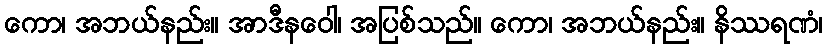
ကော၊ အဘယ်နည်း။ အာဒီနဝေါ၊ အပြစ်သည်။ ကော၊ အဘယ်နည်း။ နိဿရဏံ၊